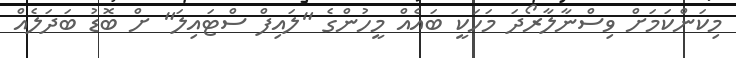
މިކަންކަމަށް ވިސްނާލާރޯދަ މަހަކީ ބައެއް މީހުންގެ "ލައިފް ސްޓައިލަ" ށް ބޮޑު ބަދަލެއް